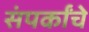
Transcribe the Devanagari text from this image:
संपर्कांचे